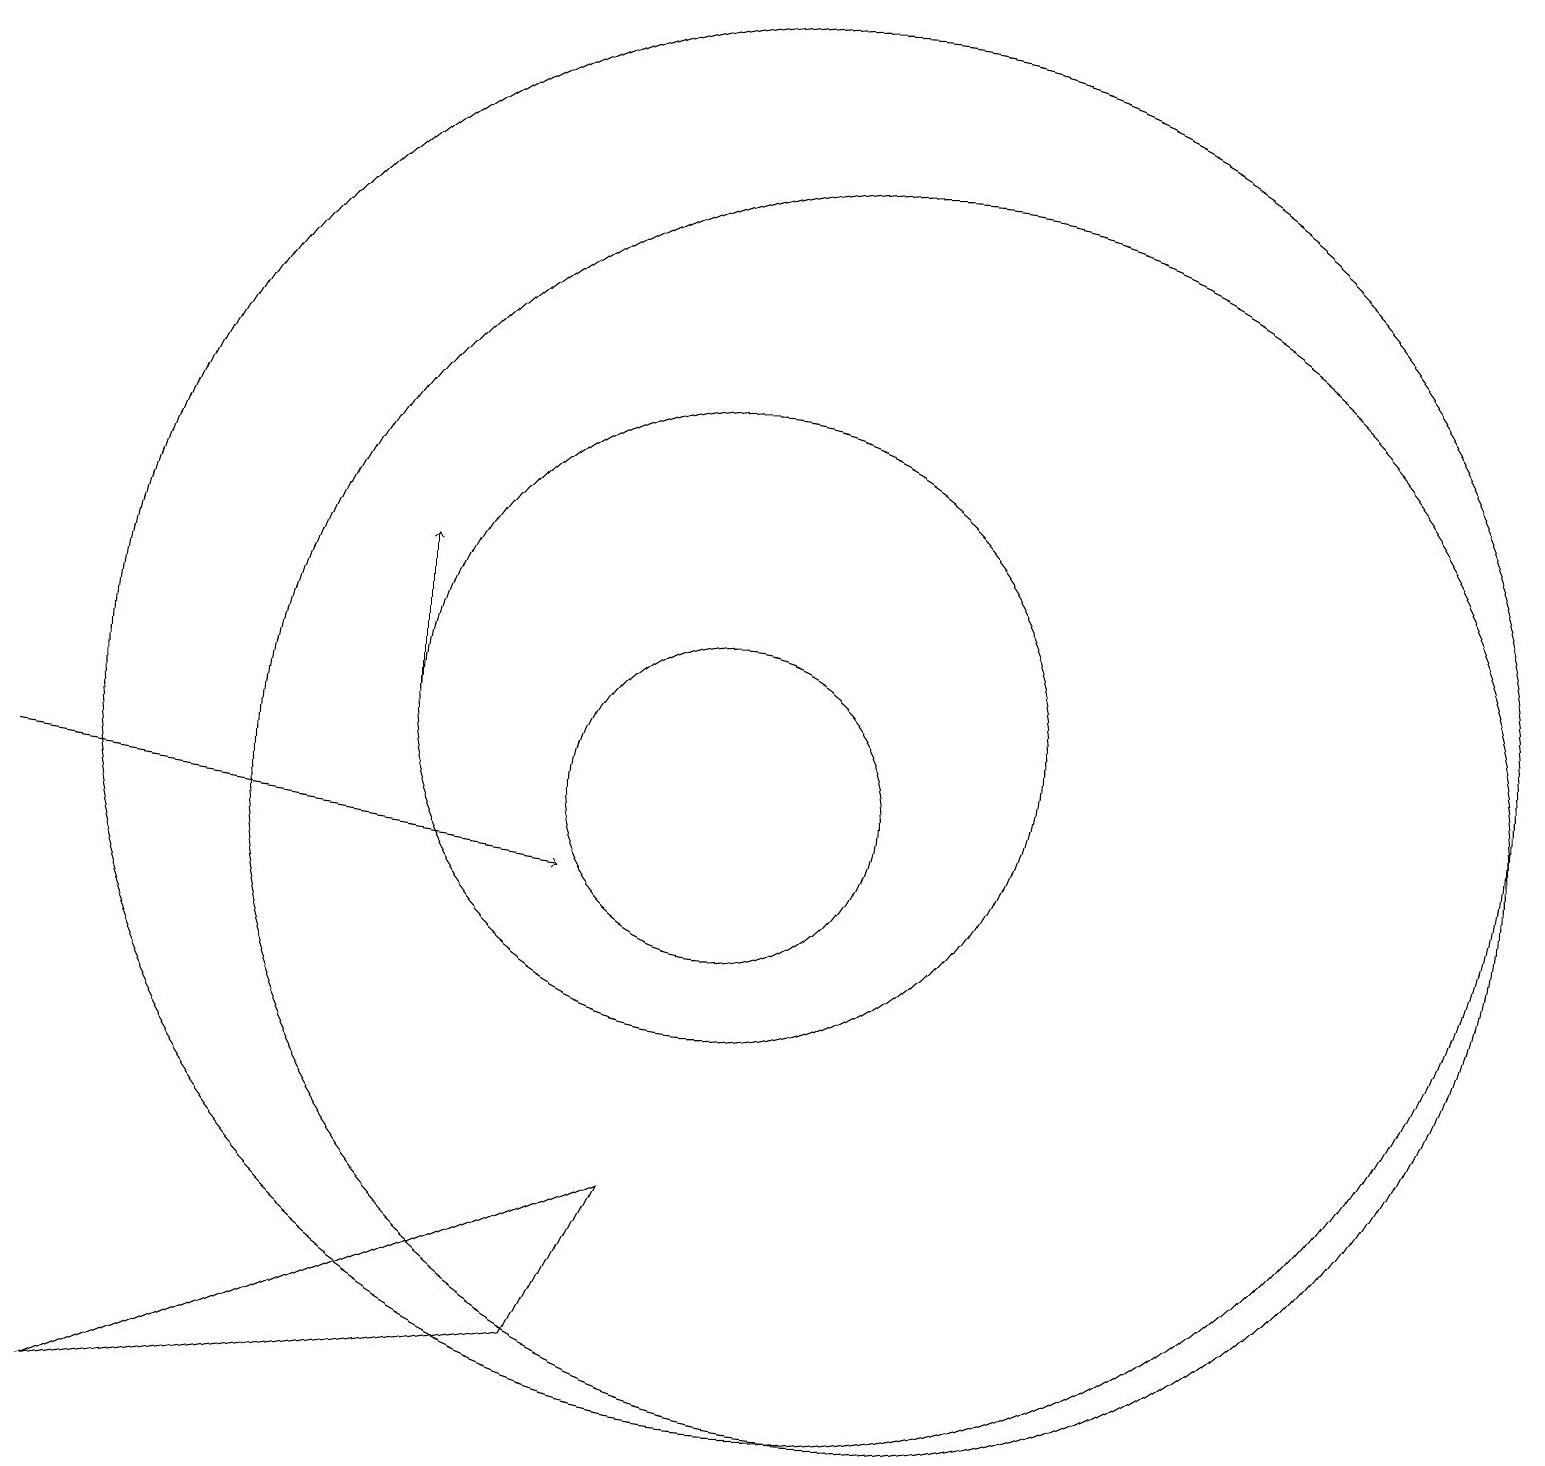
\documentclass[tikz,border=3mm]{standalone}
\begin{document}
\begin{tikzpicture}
\draw[->] (1,11) -- (8,10);
\draw[->] (6,12) -- (6,14);
\draw (8,4) -- (9,6) -- (2,3) -- cycle;
\draw (10,12) circle (4);
\draw (12,11) circle (8);
\draw (10,11) circle (2);
\draw (11,12) circle (9);
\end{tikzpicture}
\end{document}